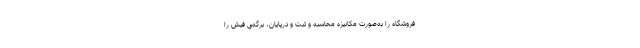
فروشگاه را به‌صورت مکانیزه محاسبه و ثبت و درپایان، برگه‌ی فیش را